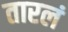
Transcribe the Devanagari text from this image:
तारलं